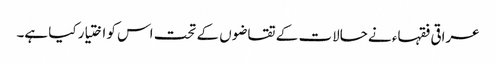
عراقی فقہاء نے حالات کے تقاضوں کے تحت اس کو اختیار کیا ہے۔